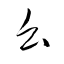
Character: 幺